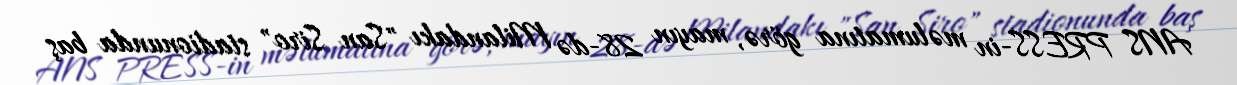
ANS PRESS-in məlumatına görə, mayın 28-də Milandakı "San Siro" stadionunda baş